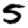
Digit: 5